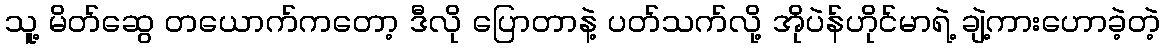
သူ့ မိတ်ဆွေ တယောက်ကတော့ ဒီလို ပြောတာနဲ့ ပတ်သက်လို့ အိုပဲန်ဟိုင်မာရဲ့ ချဲ့ကားဟောခဲ့တဲ့